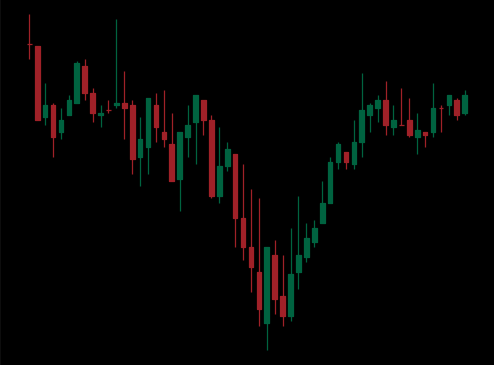
Pattern: inverse_head_shoulders